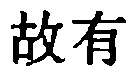
故有